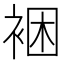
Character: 裍